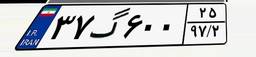
۲۲گ۹۳۶۰۸